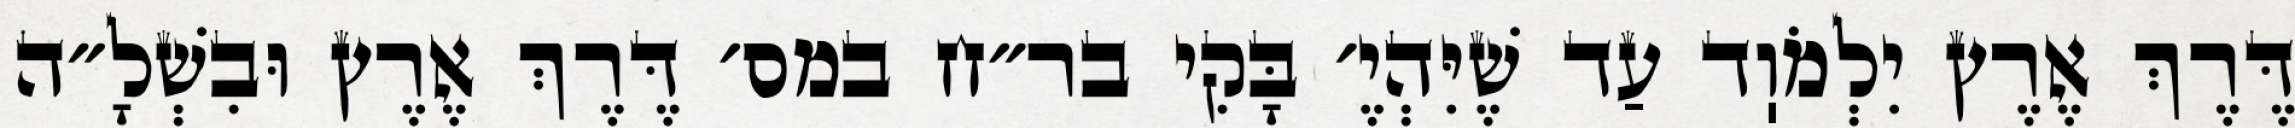
דֶּרֶךְ אֶרֶץ יִלְמֹוֽד עַד שֶׁיִּהְיֶ׳ בָּקִי בר״ח במס׳ דֶּרֶךְ אֶרֶץ וּבִשְׁלָ״ה